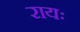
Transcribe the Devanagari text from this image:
रायः